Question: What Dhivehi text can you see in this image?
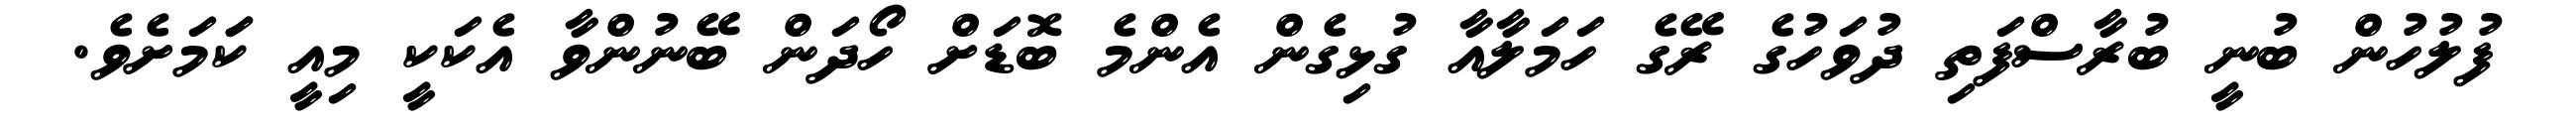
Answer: ފުލުހުން ބުނީ ބުރާސްފަތި ދުވަހުގެ ރޭގެ ހަމަލާއާ ގުޅިގެން އެންމެ ބޮޑަށް ހޯދަން ބޭނުންވާ އެކަކީ މިއީ ކަަމަށެވެ.